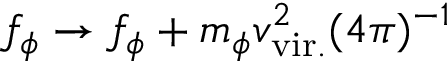
f _ { \phi } \rightarrow f _ { \phi } + m _ { \phi } v _ { \mathrm { v i r . } } ^ { 2 } ( 4 \pi ) ^ { - 1 }